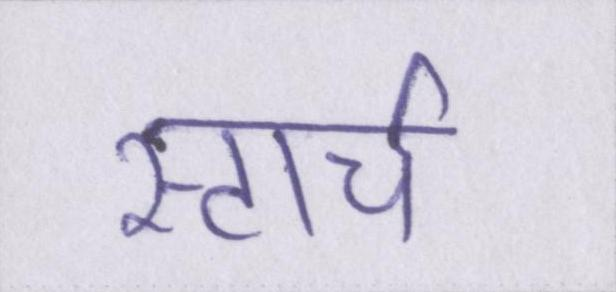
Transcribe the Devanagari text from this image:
स्टार्च